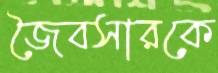
জৈবসারকে